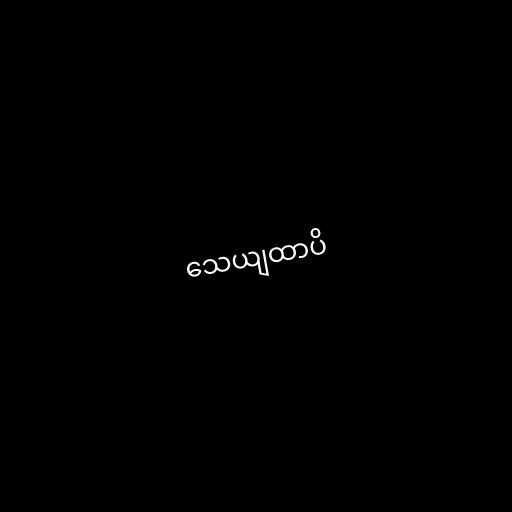
သေယျထာပိ